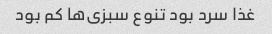
غذا سرد بود تنوع سبزی‌ها کم بود